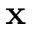
\mathbf { x }